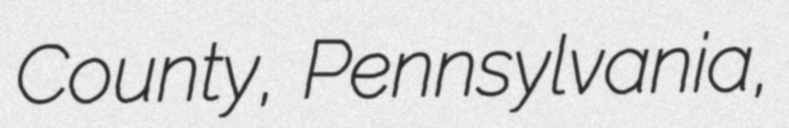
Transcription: County, Pennsylvania,